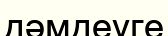
дәмдеуге